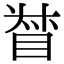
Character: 𥆳